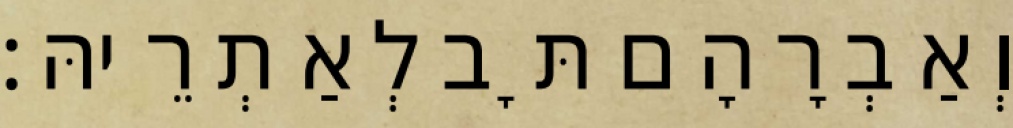
וְאַבְרָהָם תָּב לְאַתְרֵיהּ׃